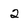
Character: 2